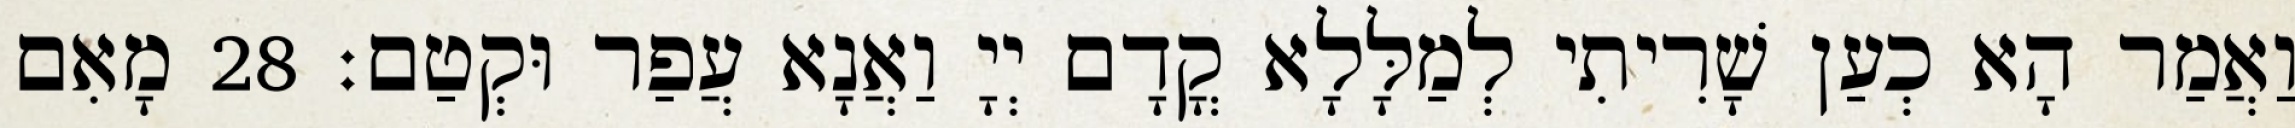
וַאֲמַר הָא כְעַן שָׁרִיתִי לְמַלָּלָא קֳדָם יְיָ וַאֲנָא עֲפַר וּקְטַם׃ 28 מָאִם